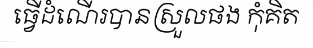
ធ្វើដំណើរបានស្រួលផង កុំគិត